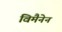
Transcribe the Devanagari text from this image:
विमैनेन